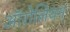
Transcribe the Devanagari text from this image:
ऑरोलियन